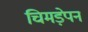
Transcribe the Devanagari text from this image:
चिमड़ेपन